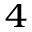
_ 4